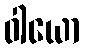
ဝါယော